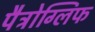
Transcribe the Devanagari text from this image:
पैट्रोग्लिफ